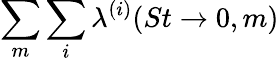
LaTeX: \sum_{m}\sum_{i}\lambda^{(i)}(St\rightarrow 0,m)